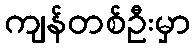
ကျန်တစ်ဦးမှာ